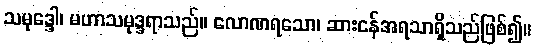
သမုဒ္ဒေါ၊ မဟာသမုဒ္ဒရာသည်။ လောဏရသော၊ ဆားငန်အရသာရှိသည်ဖြစ်၍။